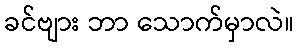
ခင်ဗျား ဘာ သောက်မှာလဲ။